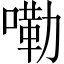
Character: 嘞